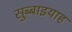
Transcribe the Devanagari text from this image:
सुब्बाइयाह